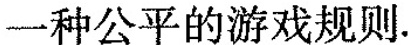
一种公平的游戏规则。